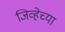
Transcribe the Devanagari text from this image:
जिव्हेच्या